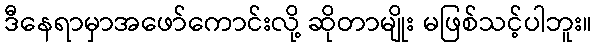
ဒီနေရာမှာအဖော်ကောင်းလို့ ဆိုတာမျိုး မဖြစ်သင့်ပါဘူး။